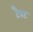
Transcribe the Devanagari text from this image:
टैपट